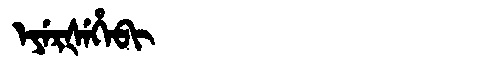
Manchu: ᡝᠶᡝᡵᡧᡝᡥᡝᠪᡳ
Romanization: EYERŠEHEBI